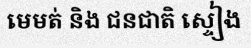
មេមត់ និង ជនជាតិ ស្ទៀង